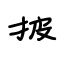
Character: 披